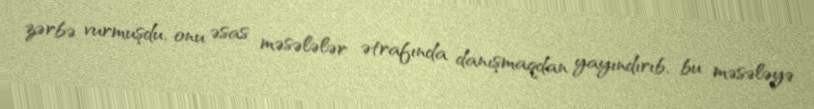
zərbə vurmuşdu, onu əsas məsələlər ətrafında danışmaqdan yayındırıb, bu məsələyə